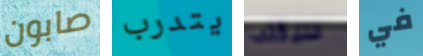
صابون يتدرب سيكتب في